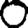
Digit: 0